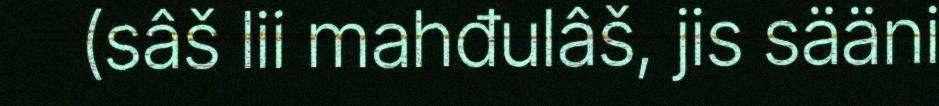
(sâš lii mahđulâš, jis sääni